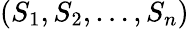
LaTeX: (S_{1},S_{2},\ldots,S_{n})